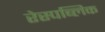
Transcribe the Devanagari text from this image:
रेस्पब्लिक